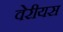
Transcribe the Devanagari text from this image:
वेरीयस